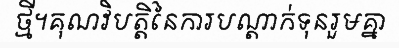
ថ្មី។គុណវិបត្តិនៃការបណ្តាក់ទុនរួមគ្នា